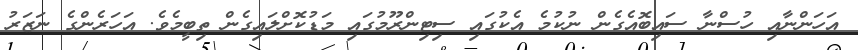
އަހަންނާއި ހުސްނާ ސައިބޮއެގެން ނުކުމެ އެކުގައި ސިޓިންރޫމުގައި މަޑުކޮށްލައިގެން ތިބީމެވެ. އަހަރެންގެ ނަޒަރު